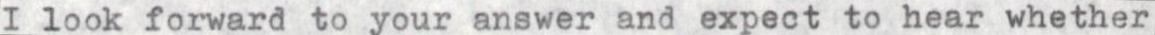
I look forward to your answer and expect to hear whether